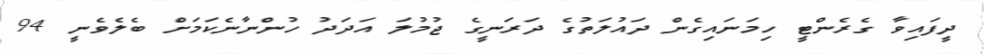
ދީފައިވާ ގެރެންޓީ ހިމަނައިގެން ދައުލަތުގެ ދަރަނީގެ ޖުމުލަ އަދަދު ހުންނާނެކަމަށް ބެލެވެނީ 94